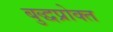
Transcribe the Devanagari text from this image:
बुद्धप्रोक्त